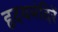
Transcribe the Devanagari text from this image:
हृदयमंदिरें